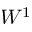
W ^ { 1 }